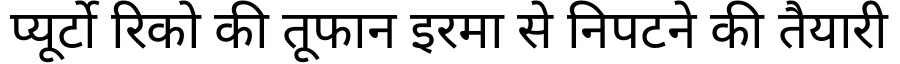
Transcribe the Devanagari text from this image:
प्यूर्टो रिको की तूफान इरमा से निपटने की तैयारी